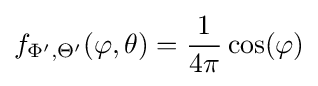
f_{\Phi ',\Theta '}(\varphi ,\theta )={\frac {1}{4\pi }}\cos(\varphi )